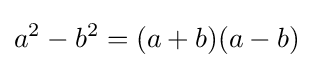
a^{2}-b^{2}=(a+b)(a-b)